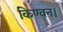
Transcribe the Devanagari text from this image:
किण्वन।